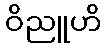
ဝိညူဟိ